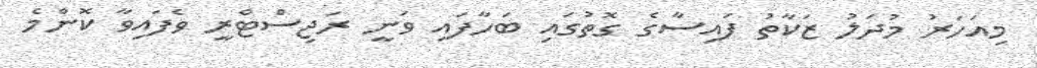
މިއަހަރު މުދަލު ޒަކާތު ފައިސާގެ ގޮތުގައި ބަހާފައި ވަނީ ރަޖިސްޓްރީ ވެފައިވާ ކޮންމެ